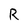
Character: R